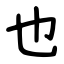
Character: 也